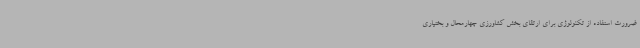
ضرورت استفاده از تکنولوژی برای ارتقای بخش‌ کشاورزی چهارمحال و بختیاری